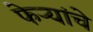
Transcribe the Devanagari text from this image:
फेऱ्यांचे